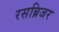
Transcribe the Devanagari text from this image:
रसब्रिजर